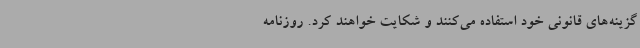
گزینه‌های قانونی خود استفاده می‌کنند و شکایت خواهند کرد. روزنامه